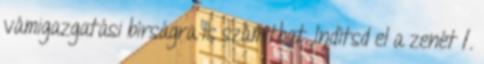
vámigazgatási bírságra is számíthat. Indítsd el a zenét 1.